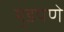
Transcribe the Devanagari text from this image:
मुडपणे